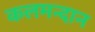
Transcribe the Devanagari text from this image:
कलमन्दान